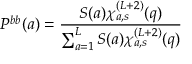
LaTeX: P ^ { b b } ( a ) = \frac { S ( a ) \chi _ { a , s } ^ { ( L + 2 ) } ( q ) } { \sum _ { a = 1 } ^ { L } S ( a ) \chi _ { a , s } ^ { ( L + 2 ) } ( q ) }